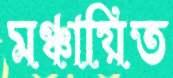
মঞ্চায়িত